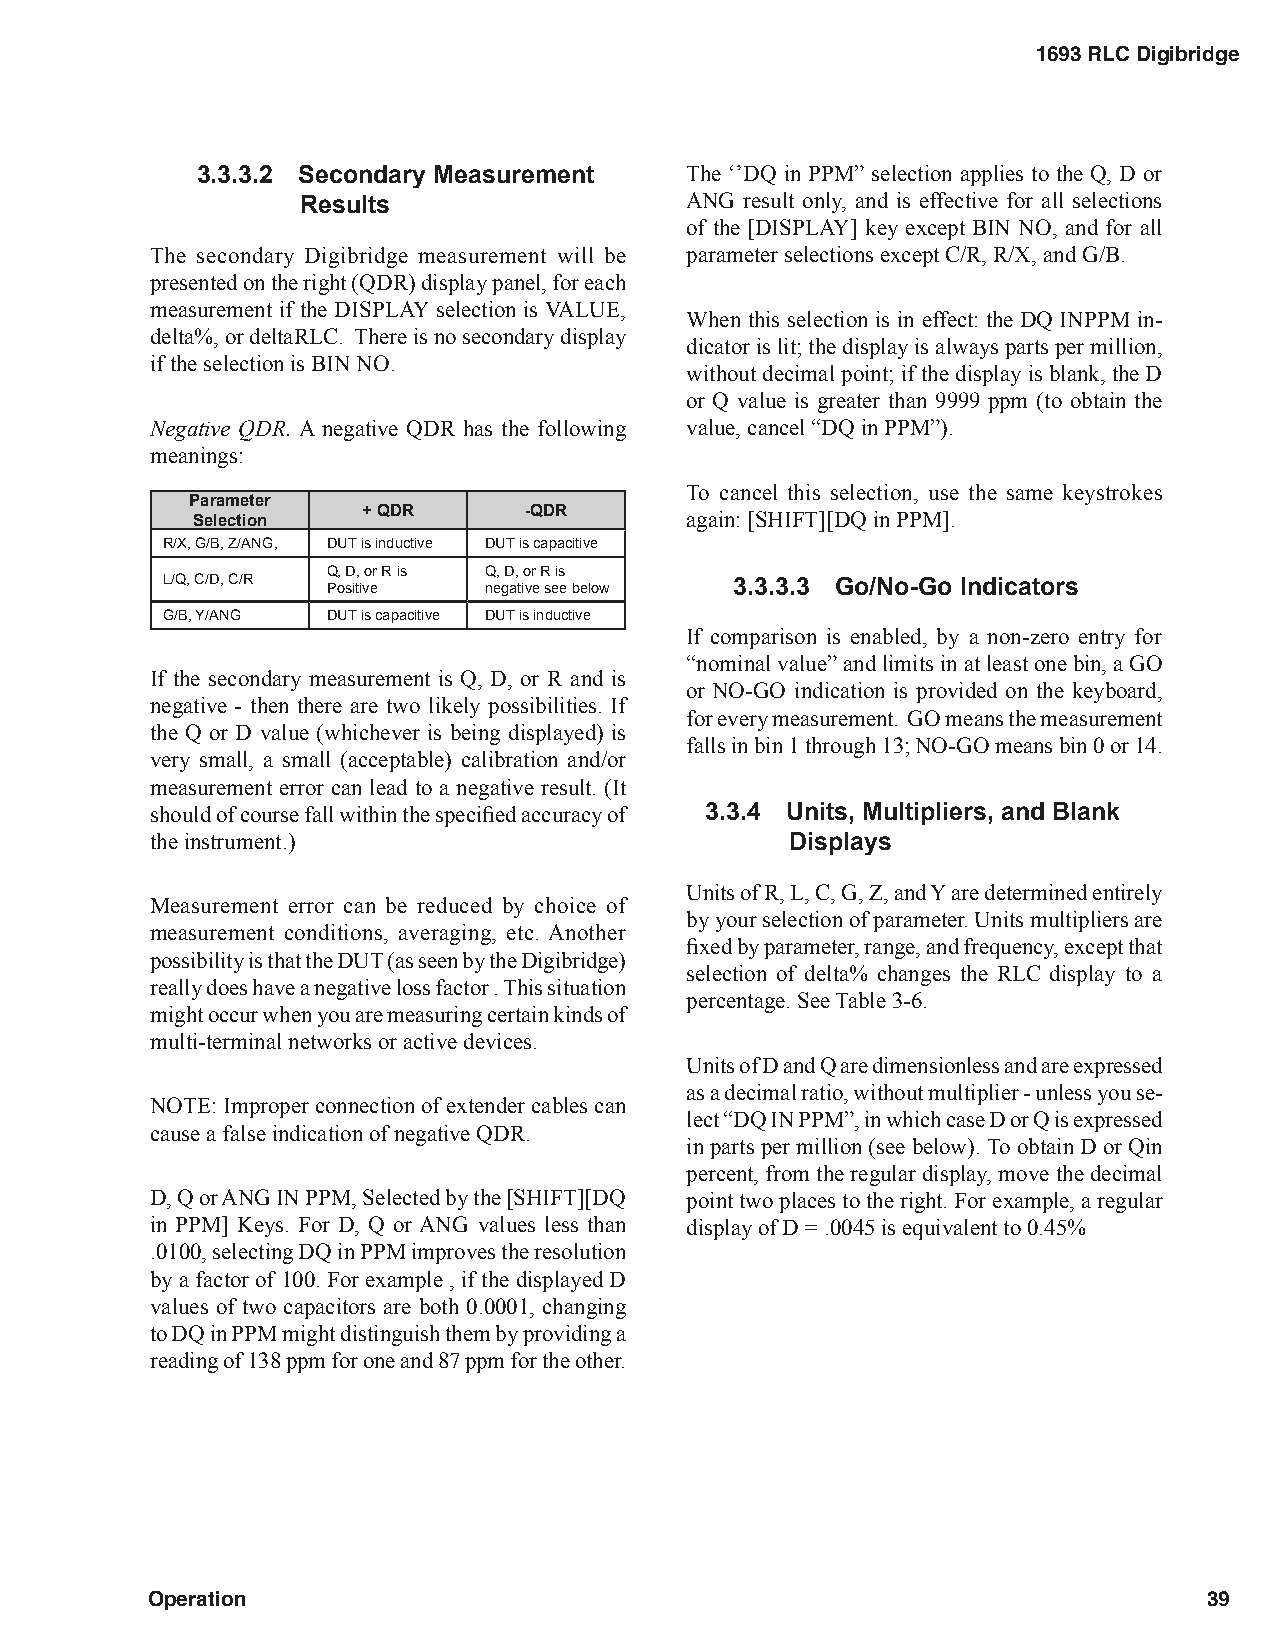
1693 RLC Digibridge
 3.3.3.2 Secondary Measurement   The ‘’DQ in PPM” selection applies to the Q, D or
 Results                  ANG result only, and is effective for all selections
 of the [DISPLAY] key except BIN NO, and for all
 The secondary Digibridge measurement will be parameter selections except C/R, R/X, and G/B.
 presented on the right (QDR) display panel, for each
 measurement if the DISPLAY selection is VALUE,
 When this selection is in effect: the DQ INPPM in-
 delta%, or deltaRLC. There is no secondary display
 dicator is lit; the display is always parts per million,
 if the selection is BIN NO.
 without decimal point; if the display is blank, the D
 or Q value is greater than 9999 ppm (to obtain the
 Negative QDR. A negative QDR has the following value, cancel “DQ in PPM”).
 meanings:
 To cancel this selection, use the same keystrokes
 Parameter
 Selection  + QDR      -QDR      again: [SHIFT][DQ in PPM].
 R/X, G/B, Z/ANG, DUT is inductive DUT is capacitive
 Q, D, or R is Q, D, or R is
 L/Q, C/D, C/R Positive negative see below 3.3.3.3 Go/No-Go Indicators
 G/B, Y/ANG DUT is capacitive DUT is inductive
 If comparison is enabled, by a non-zero entry for
 “nominal value” and limits in at least one bin, a GO
 If the secondary measurement is Q, D, or R and is
 or NO-GO indication is provided on the keyboard,
 negative - then there are two likely possibilities. If
 for every measurement. GO means the measurement
 the Q or D value (whichever is being displayed) is
 falls in bin 1 through 13; NO-GO means bin 0 or 14.
 very small, a small (acceptable) calibration and/or
 measurement error can lead to a negative result. (It
 should of course fall within the specified accuracy of 3.3.4 Units, Multipliers, and Blank
 the instrument.)                          Displays
 Units of R, L, C, G, Z, and Y are determined entirely
 Measurement error can be reduced by choice of
 by your selection of parameter. Units multipliers are
 measurement conditions, averaging, etc. Another
 fixed by parameter, range, and frequency, except that
 possibility is that the DUT (as seen by the Digibridge)
 selection of delta% changes the RLC display to a
 really does have a negative loss factor . This situation
 percentage. See Table 3-6.
 might occur when you are measuring certain kinds of
 multi-terminal networks or active devices.
 Units of D and Q are dimensionless and are expressed
 as a decimal ratio, without multiplier - unless you se-
 NOTE: Improper connection of extender cables can
 lect “DQ IN PPM”, in which case D or Q is expressed
 cause a false indication of negative QDR.
 in parts per million (see below). To obtain D or Qin
 percent, from the regular display, move the decimal
 D, Q or ANG IN PPM, Selected by the [SHIFT][DQ point two places to the right. For example, a regular
 in PPM] Keys. For D, Q or ANG values less than display of D = .0045 is equivalent to 0.45%
 .0100, selecting DQ in PPM improves the resolution
 by a factor of 100. For example , if the displayed D
 values of two capacitors are both 0.0001, changing
 to DQ in PPM might distinguish them by providing a
 reading of 138 ppm for one and 87 ppm for the other.
 Operation                                                             39